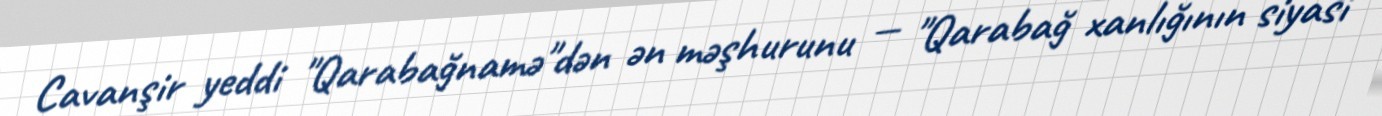
Cavanşir yeddi "Qarabağnamə"dən ən məşhurunu — "Qarabağ xanlığının siyasi